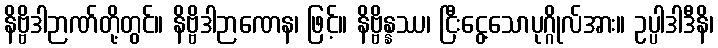
နိဗ္ဗိဒါဉာဏ်တို့တွင်။ နိဗ္ဗိဒါဉာဏေန၊ ဖြင့်။ နိဗ္ဗိန္နဿ၊ ငြီးငွေ့သောပုဂ္ဂိုလ်အား။ ဥပ္ပါဒါဒီနိ၊